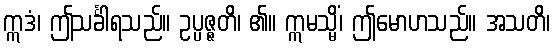
ဣဒံ၊ ဤသင်္ခါရသည်။ ဥပ္ပဇ္ဇတိ၊ ၏။ ဣမသ္မိံ၊ ဤမောဟသည်။ အသတိ၊